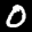
Label: 0